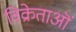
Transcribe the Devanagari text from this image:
विक्रेताऒं